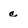
Character: c